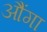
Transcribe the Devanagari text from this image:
औंगा